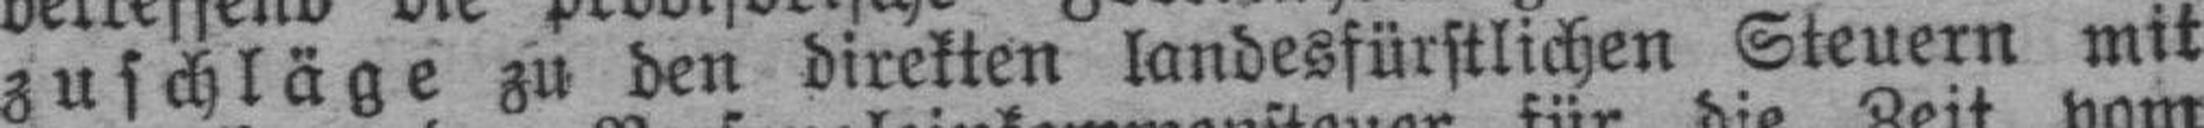
zuschläge zu den direkten landesfürstlichen Steuern mit